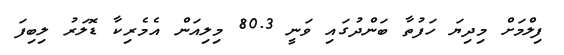
ފިލްމަށް މިދިޔަ ހަފުތާ ބަންދުގައި ވަނީ 80.3 މިލިއަން އެމެރިކާ ޑޮލަރު ލިބިފަ